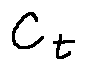
c _ { t }